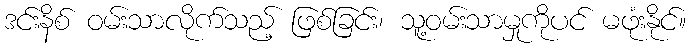
ဒင်းနိစ် ဝမ်းသာလိုက်သည့် ဖြစ်ခြင်း၊ သူ့ဝမ်းသာမှုကိုပင် မဖုံးနိုင်။